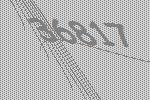
36817